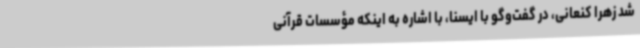
شد زهرا کنعانی، در گفت‌وگو با ایسنا، با اشاره به اینکه مؤسسات قرآنی